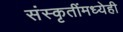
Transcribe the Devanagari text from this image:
संस्कृतींमध्येही